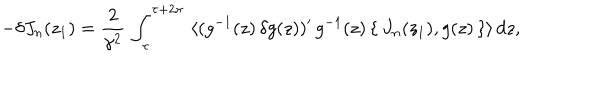
- \delta J _ { n } ( z _ { 1 } ) = \frac { 2 } { \gamma ^ { 2 } } \, \int _ { \tau } ^ { \tau + 2 \pi } \, \, \langle ( g ^ { - 1 } ( z ) \, \delta g ( z ) ) ^ { \prime } \, g ^ { - 1 } ( z ) \, \{ \, J _ { n } ( z _ { 1 } ) , g ( z ) \, \} \rangle \, d z ,